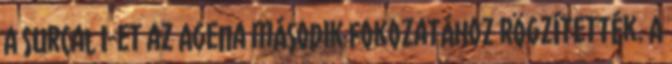
A SurCal I-et az Agena második fokozatához rögzítették. A